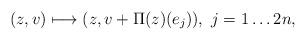
LaTeX: \begin{align*} (z,v)\longmapsto (z, v+ \Pi(z)(e_j)),\ j=1\ldots 2n,\end{align*}